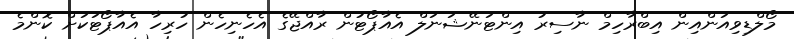
މޯލްޑިވިއަންއިން އިބްރާހިމް ނާސިރު އިންޓަނޭޝަނަލް އެއާޕޯޓުން ރާއްޖޭގެ އެހެނިހެން ހުރިހާ އެއާޕޯޓަކަށް ކޮންމެ